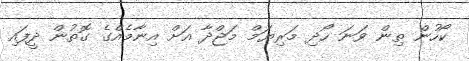
ކޯހުން ތިން ވަނަ ހޯދި މަރިޔަމް މަޖްދާ އަށް އިނާމެއްގެ ގޮތުން ދީފައި